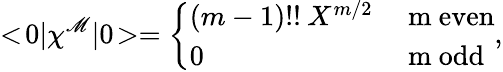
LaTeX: <\! 0|\chi^{\mathscr{M}}|0\! >=\left\{ \begin{array}{ll}{{(m-1)!!\: X^{m/2}}}&{{\mathrm{~m~even}}}\\ {{0}}&{{\mathrm{~m~odd}}}\end{array}\right.,